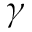
\gamma